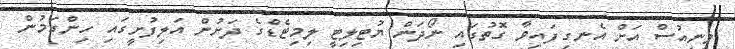
ވީނިއުސް އަށް އެނގިފައިވާ ގޮތުގައި ނޯދަން ޔުޓިލިޓީ ލިމިޓެޑްގެ ދަށުން އަލިފުށީގައި ހިންގަމުން